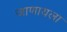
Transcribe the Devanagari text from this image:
जाणायला